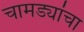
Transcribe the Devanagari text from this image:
चामड्यांचा